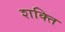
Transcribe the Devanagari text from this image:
श्‍ाक्‍ित